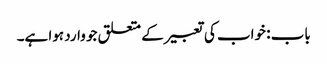
باب : خواب کی تعبیر کے متعلق جو وارد ہوا ہے۔